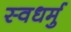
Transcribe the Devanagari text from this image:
स्वधर्मु